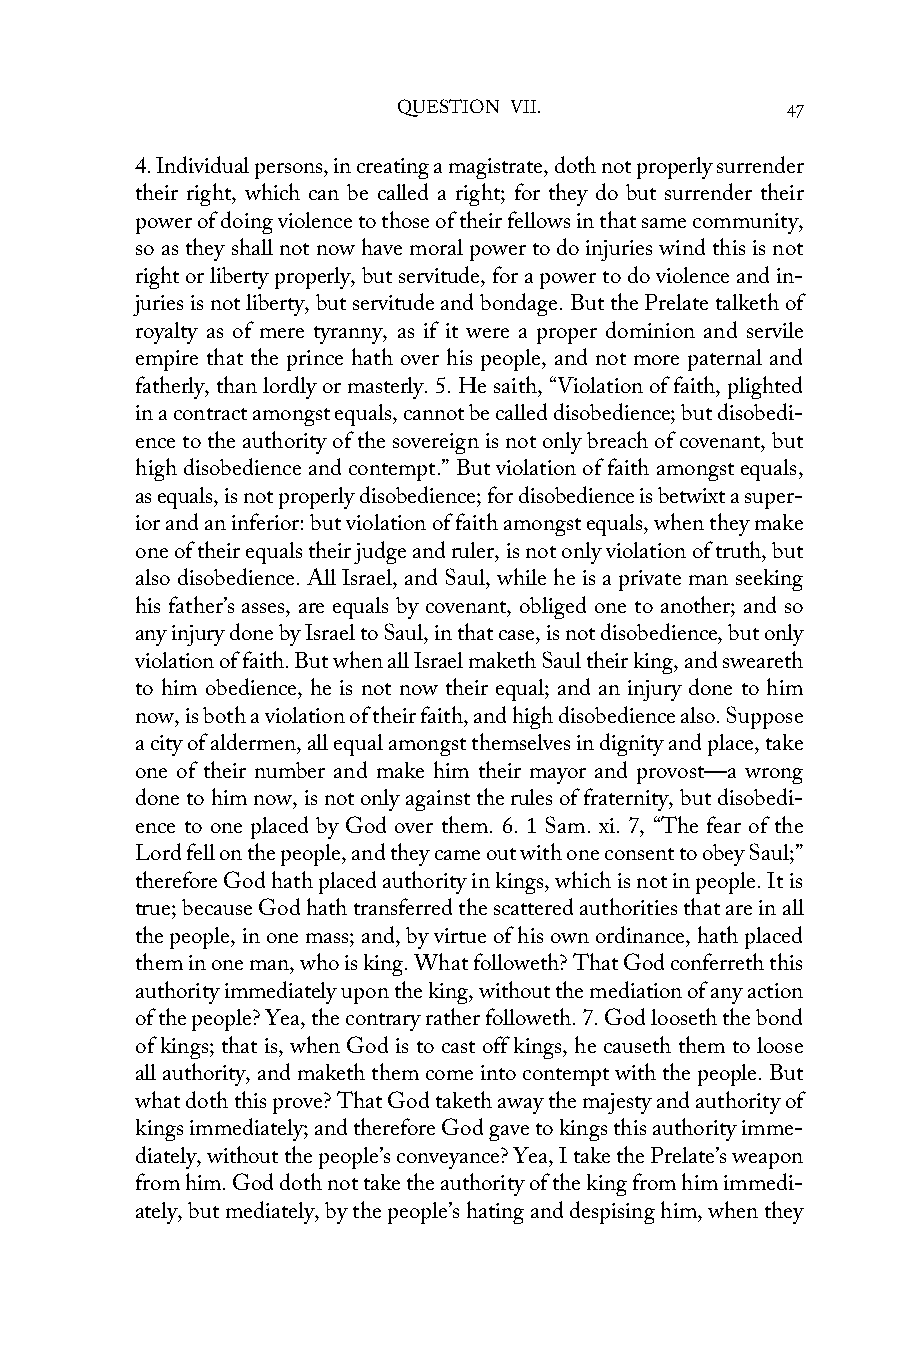
QUESTION VII.             47
 4. Individual persons, in creating a magistrate, doth not properly surrender
 their right, which can be called a right; for they do but surrender their
 power of doing violence to those of their fellows in that same community,
 so as they shall not now have moral power to do injuries wind this is not
 right or liberty properly, but servitude, for a power to do violence and in-
 juries is not liberty, but servitude and bondage. But the Prelate talketh of
 royalty as of mere tyranny, as if it were a proper dominion and servile
 empire that the prince hath over his people, and not more paternal and
 fatherly, than lordly or masterly. 5. He saith, “Violation of faith, plighted
 in a contract amongst equals, cannot be called disobedience; but disobedi-
 ence to the authority of the sovereign is not only breach of covenant, but
 high disobedience and contempt.” But violation of faith amongst equals,
 as equals, is not properly disobedience; for disobedience is betwixt a super-
 ior and an inferior: but violation of faith amongst equals, when they make
 one of their equals their judge and ruler, is not only violation of truth, but
 also disobedience. All Israel, and Saul, while he is a private man seeking
 his father’s asses, are equals by covenant, obliged one to another; and so
 any injury done by Israel to Saul, in that case, is not disobedience, but only
 violation of faith. But when all Israel maketh Saul their king, and sweareth
 to him obedience, he is not now their equal; and an injury done to him
 now, is both a violation of their faith, and high disobedience also. Suppose
 a city of aldermen, all equal amongst themselves in dignity and place, take
 one of their number and make him their mayor and provost—a wrong
 done to him now, is not only against the rules of fraternity, but disobedi-
 ence to one placed by God over them. 6. 1 Sam. xi. 7, “The fear of the
 Lord fell on the people, and they came out with one consent to obey Saul;”
 therefore God hath placed authority in kings, which is not in people. It is
 true; because God hath transferred the scattered authorities that are in all
 the people, in one mass; and, by virtue of his own ordinance, hath placed
 them in one man, who is king. What followeth? That God conferreth this
 authority immediately upon the king, without the mediation of any action
 of the people? Yea, the contrary rather followeth. 7. God looseth the bond
 of kings; that is, when God is to cast off kings, he causeth them to loose
 all authority, and maketh them come into contempt with the people. But
 what doth this prove? That God taketh away the majesty and authority of
 kings immediately; and therefore God gave to kings this authority imme-
 diately, without the people’s conveyance? Yea, I take the Prelate’s weapon
 from him. God doth not take the authority of the king from him immedi-
 ately, but mediately, by the people’s hating and despising him, when they